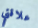
علاقتي